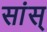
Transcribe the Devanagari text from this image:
सांस्